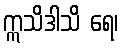
ဣသိဒါသိ ရေ၊